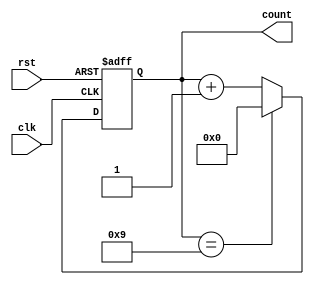
module ModulusCounter (
    input clk,
    input rst,
    output reg [7:0] count
);

parameter MODULUS = 10;

always @(posedge clk or posedge rst) begin
    if (rst) begin
        count <= 0;
    end else begin
        if (count == MODULUS - 1) begin
            count <= 0;
        end else begin
            count <= count + 1;
        end
    end
end

endmodule